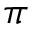
\pi